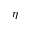
\eta